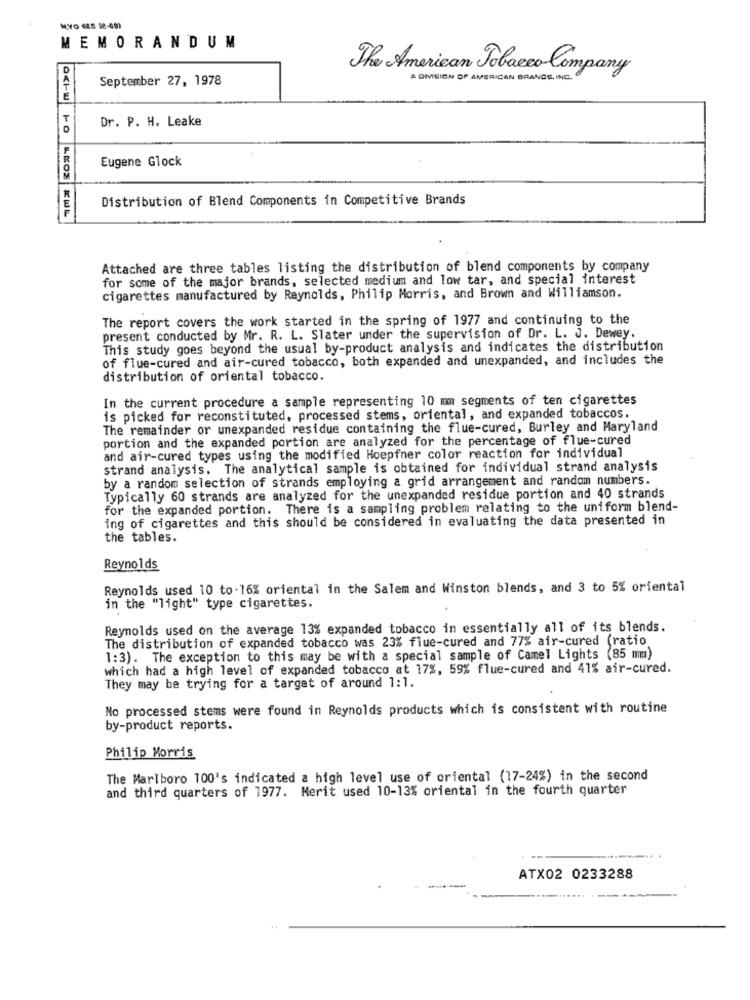
MYO 425 0-60
MEMORANDUM
The American Tobacco Company
September 27, 1978
A DIVISION OF AMERICAN GRANGE, INC.
Dr. P. H. Leake
Eugene Glock
Distribution of Blend Components in Competitive Brands
Attached are three tables listing the distribution of blend components by company
for some of the major brands, selected medium and low tar, and special interest
cigarettes manufactured by Reynolds, Philip Morris, and Brown and Williamson.
The report covers the work started in the spring of 1977 and continuing to the
present conducted by Mr. R. L. Slater under the supervision of Dr. L. J. Dewey.
This study goes beyond the usual by-product analysis and indicates the distribution
of flue-cured and air-cured tobacco, both expanded and unexpanded, and includes the
distribution of oriental tobacco.
In the current procedure a sample representing 10 mm segments of ten cigarettes
is picked for reconstituted, processed stems, oriental, and expanded tobaccos.
The remainder or unexpanded residue containing the flue-cured, Burley and Maryland
portion and the expanded portion are analyzed for the percentage of flue-cured
and air-cured types using the modified Hoepfner color reaction for individual
strand analysis. The analytical sample is obtained for individual strand analysis
by a random selection of strands employing a grid arrangement and random numbers.
Typically 60 strands are analyzed for the unexpanded residue portion and 40 strands
for the expanded portion. There is a sampling problem relating to the uniform blend-
ing of cigarettes and this should be considered in evaluating the data presented in
the tables.
Reynolds
Reynolds used 10 to.16% oriental in the Salem and Winston blends, and 3 to 5% oriental
in the "light" type cigarettes.
Reynolds used on the average 13% expanded tobacco in essentially all of its blends.
The distribution of expanded tobacco was 23% flue-cured and 77% air-cured (ratio
1:3). The exception to this may be with a special sample of Camel Lights (85 mm)
which had a high level of expanded tobacco at 17%, 59% flue-cured and 41% air-cured.
They may be trying for a target of around 1:1.
No processed stems were found in Reynolds products which is consistent with routine
by-product reports.
Philip Morris
The Marlboro 100's indicated a high level use of oriental (17-24%) in the second
and third quarters of 1977. Merit used 10-13% oriental in the fourth quarter
ATX02 0233288
---....... .----